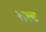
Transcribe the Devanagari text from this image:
शल्ट